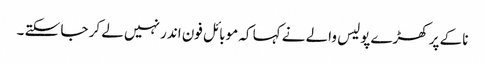
ناکے پر کھڑے پولیس والے نے کہا کہ موبائل فون اندر نہیں لے کر جا سکتے ۔